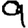
Digit: 9